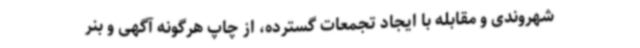
شهروندی و مقابله با ایجاد تجمعات گسترده، از چاپ هرگونه آگهی و بنر